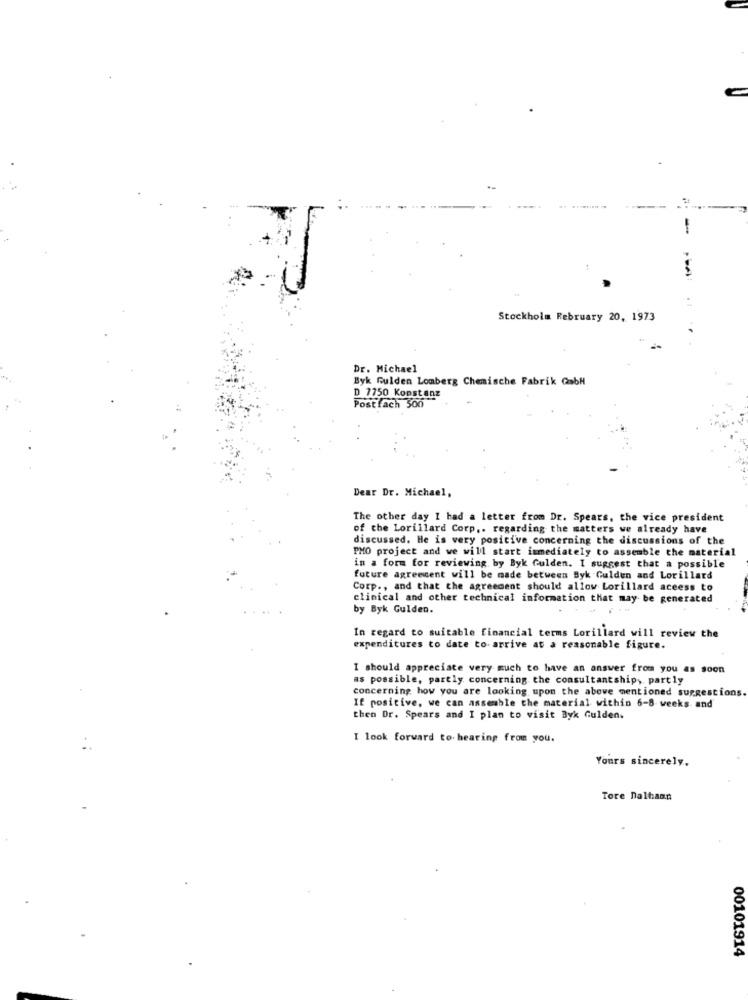
-
Stockholm February 20, 1973
Dr. Michael
Byk Gulden Lomberg Chemische Fabrik (2mbH
D 7750 Konstanz
Postfach 500
Dear Dr. Michael,
The other day I had a letter from Dr. Spears, the vice president
of the Lorillard Corp .. regarding the matters we already have
discussed. He is very positive concerning the discussions of the
PMO project and we will start immediately to assemble the material
in a form for reviewing by Byk Gulden. I suggest that a possible
future agreement will be made between Syk Gulden and Lorillard
Corp ., and that the agreement should allow Lorillard aceess to
clinical and other technical information that may be generated
by Byk Gulden.
In regard to suitable financial terms Lorillard will review the
expenditures to date to- arrive at a reasonable figure.
I should appreciate very much to have an answer from you as soon
as possible, partly concerning the consultantship, partly
concerning how you are looking upon the above mentioned suggestions.
If positive, we can assemble the material within 6-8 weeks and
then Dr. Spears and I plan to visit Byk Gulden.
I look forward to hearing from you.
Yours sincerely,
Tore Dalhamn
00101914